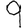
Digit: 9